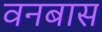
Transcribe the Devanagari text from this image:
वनबास